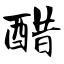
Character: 醋